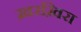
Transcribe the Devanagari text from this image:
ख़रख़िरा